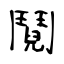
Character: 鬩